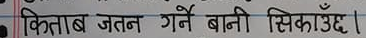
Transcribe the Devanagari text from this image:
किताब जतन गर्ने बानी सिकाउँछ।